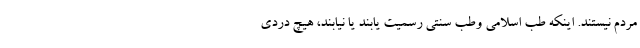
مردم نیستند. اینکه طب اسلامی وطب سنتی رسمیت یابند یا نیابند، هیچ دردی